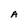
Character: A